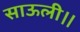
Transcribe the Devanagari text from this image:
साऊली।।